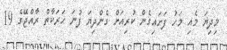
މިދިޔަ މެއި މަހު ފަށައިގެން ކުރިއަށް ގެންދިޔަ ފުނަ ހަރަކާތް ރާއްޖޭގެ 19